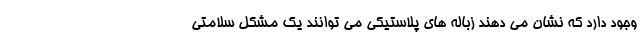
وجود دارد که نشان می دهند زباله های پلاستیکی می توانند یک مشکل سلامتی